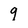
Character: 9